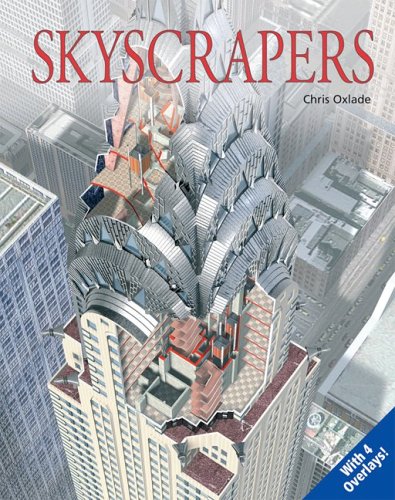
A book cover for Skyscrapers: Uncovering Technology (Uncovering series); Chris Oxlade; Teen & Young Adult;